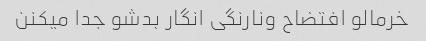
خرمالو افتضاح ونارنگی انگار بدشو جدا میکنن